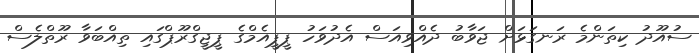
ސުއޫދު ކިތަންމެ ރަނގަޅަށް ޖަވާބު ދެއްވިއަސް އެދުވަހު ޕީޕީއެމްގެ ޕީޖީގްރޫޕްގައި ތިއްބަވާ ރޫތްލެސް